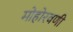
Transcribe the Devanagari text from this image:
मोहोरवणी